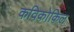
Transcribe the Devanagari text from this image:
कविकोकिल